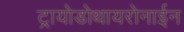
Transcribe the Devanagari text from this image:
ट्रायोडोथायरोनाईन